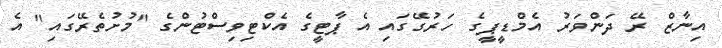
އިނާޒް ރޭ ދަންވަރު އެމްޑީޕީގެ ހަރުގޭގައި އެ ޕާޓީގެ އެކްޓިވިސްޓުންގެ "މުށުތެރޭގައި" އެ